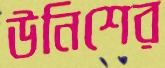
উনিশের